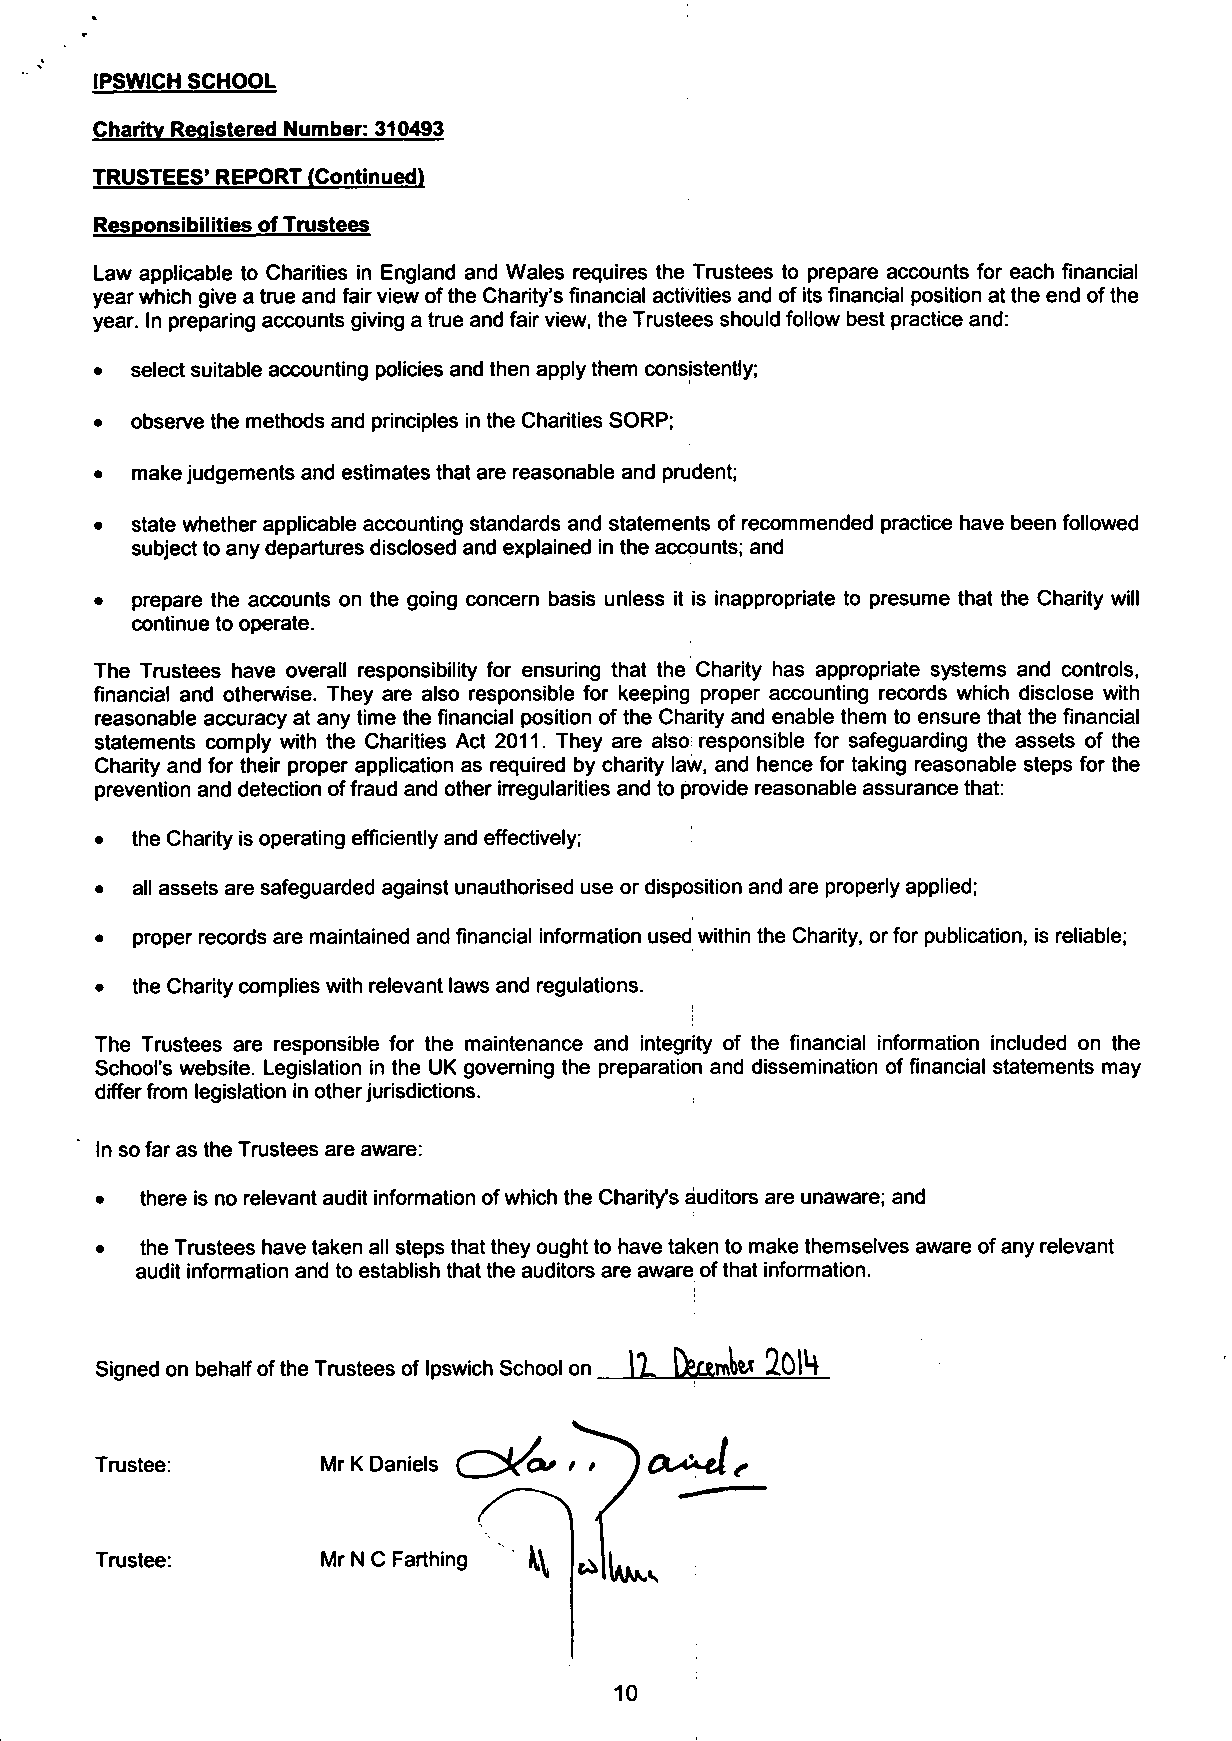
IPSWICH SCHOOL
 Charity Registered Number: 310493
 TRUSTEES' REPORT (Continued)
 Responsibilities of Trustees
 Law applicable to Charities in England and Wales requires the Trustees to prepare accounts for each financial
 year which give a true and fair view of the Charity's financial activities and of its financial position at the end of the
 year. In preparing accounts giving a true and fair view, the Trustees should follow best practice and:
 •  select suitable accounting policies and then apply them consistently;
 •  observe the methods and principles in the Charities SORP;
 •  make judgements and estimates that are reasonable and prudent;
 •  state whether applicable accounting standards and statements of recommended practice have been followed
 subject to any departures disclosed and explained in the accounts; and
 •  prepare the accounts on the going concern basis unless it is inappropriate to presume that the Charity will
 continue to operate.
 The Trustees have overall responsibility for ensuring that the Charity has appropriate systems and controls,
 financial and otherwise. They are also responsible for keeping proper accounting records which disclose with
 reasonable accuracy at any time the financial position of the Charity and enable them to ensure that the financial
 statements comply with the Charities Act 2011. They are also: responsible for safeguarding the assets of the
 Charity and for their proper application as required by charity law, and hence for taking reasonable steps for the
 prevention and detection of fraud and other irregularities and to provide reasonable assurance that:
 •  the Charity is operating efficiently and effectively;
 •  all assets are safeguarded against unauthorised use or disposition and are properly applied;
 •  proper records are maintained and financial information used within the Charity, or for publication, is reliable;
 •  the Charity complies with relevant laws and regulations.
 The Trustees are responsible for the maintenance and integrity of the financial information included on the
 School's website. Legislation in the UK governing the preparation and dissemination of financial statements may
 differ from legislation in other jurisdictions.
 In so far as the Trustees are aware:
 •  there is no relevant audit information of which the Charity's auditors are unaware; and
 •  the Trustees have taken all steps that they ought to have taken to make themselves aware of any relevant
 audit information and to establish that the auditors are aware of that information.
 Signed on behalf of the Trustees of Ipswich School on_
 Trustee:
 Trustee:
 10